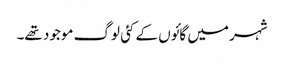
شہر میں گائوں کے کئی لوگ موجود تھے۔